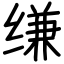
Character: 缣